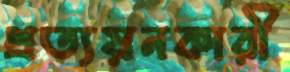
প্রত্যয়নকারী